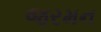
જરમન